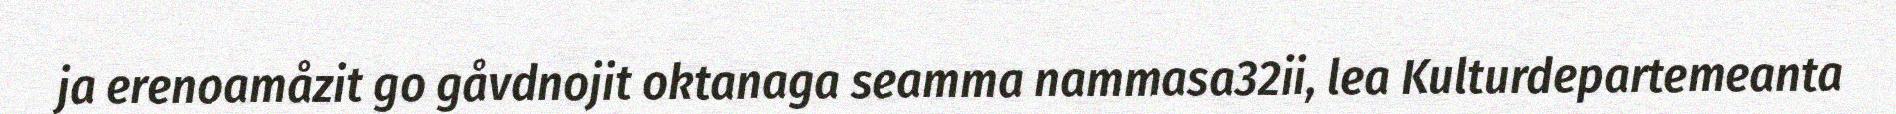
ja erenoamåzit go gåvdnojit oktanaga seamma nammasa32ii, lea Kulturdepartemeanta